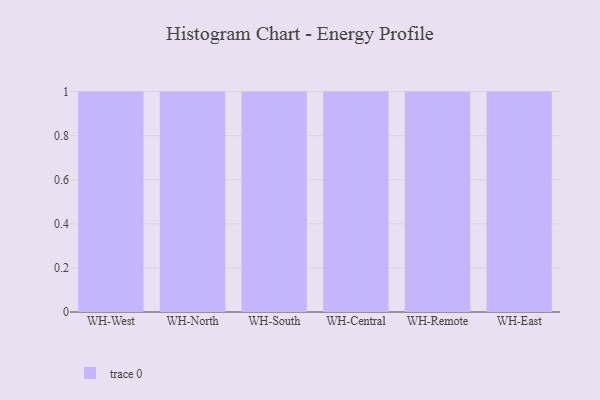
{"axis": {"x": "Warehouse", "y": "Population (Million)"}, "legend": [""], "data": [{"x": "WH-West", "y": 88, "type": ""}, {"x": "WH-North", "y": 11, "type": ""}, {"x": "WH-South", "y": 38, "type": ""}, {"x": "WH-Central", "y": 44, "type": ""}, {"x": "WH-Remote", "y": 75, "type": ""}, {"x": "WH-East", "y": 43, "type": ""}]}